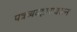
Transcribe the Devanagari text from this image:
पत्रव्यवहारावरून